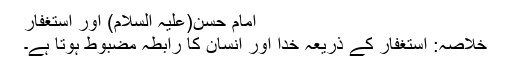
امام حسن(علیہ السلام) اور استٖغفار
خلاصہ: استغفار کے ذریعہ خدا اور انسان کا رابطہ مضبوط ہوتا ہے۔